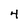
Character: 4